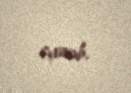
çıxarıb.